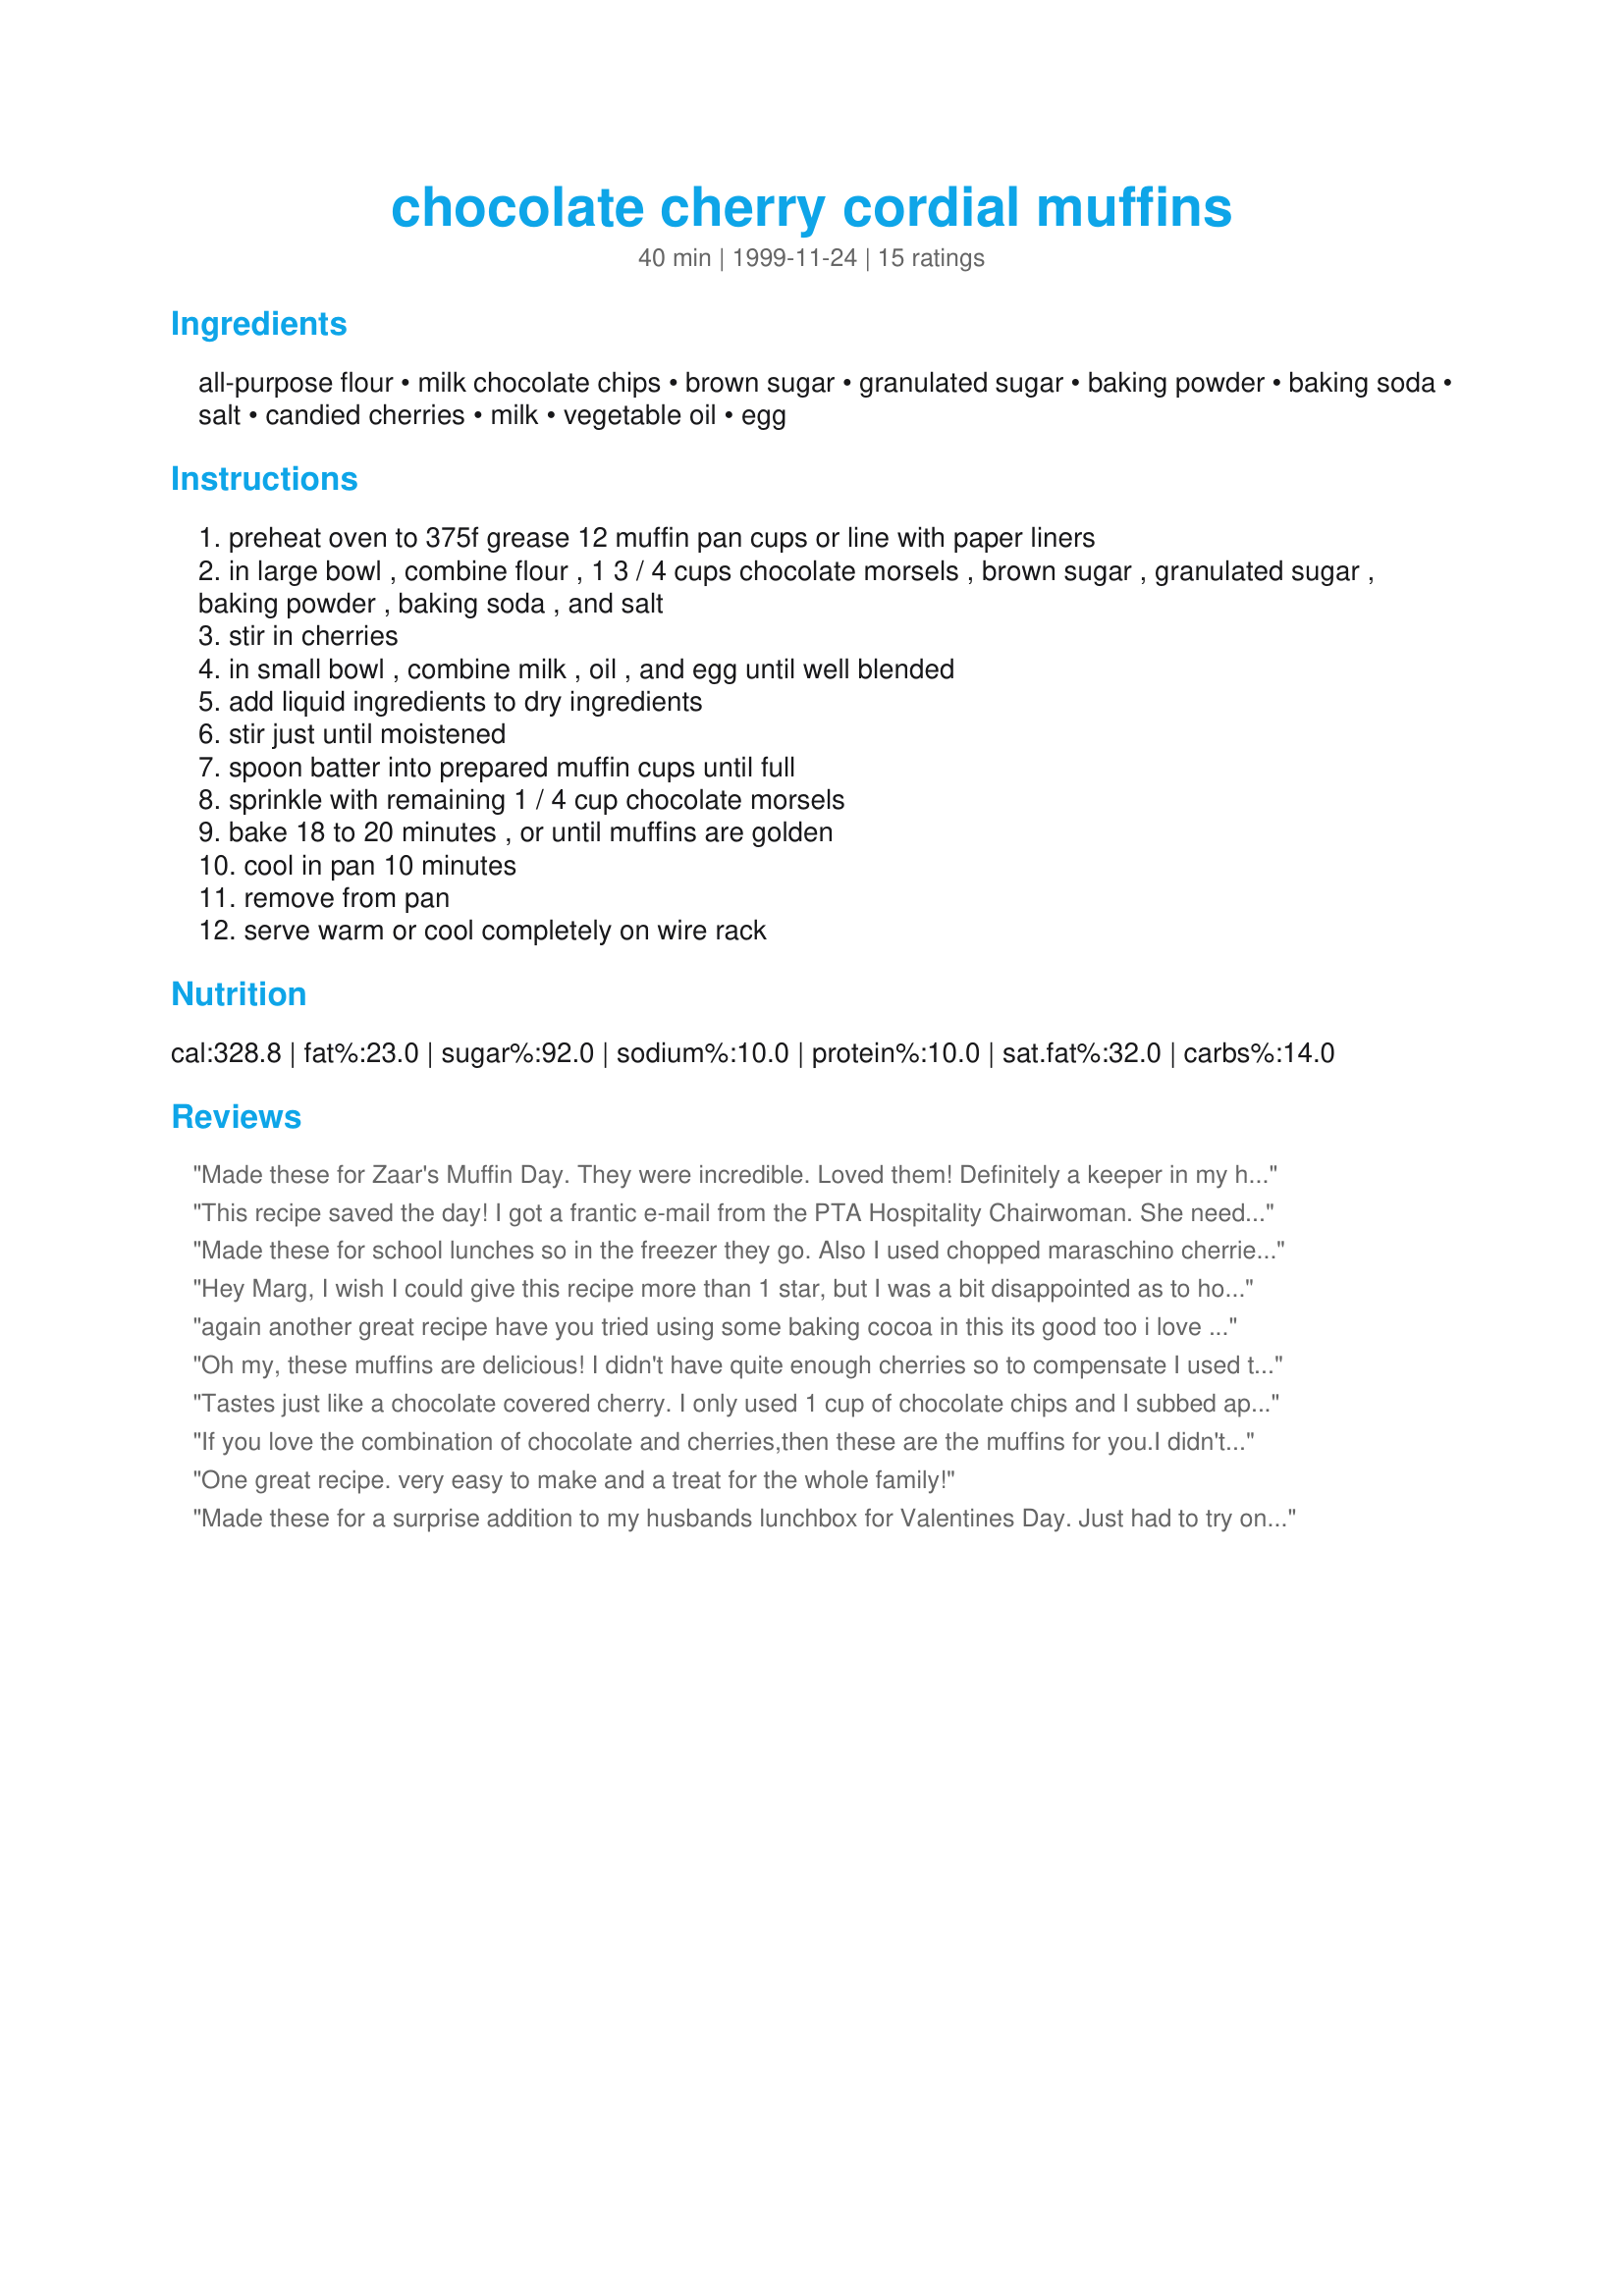
chocolate cherry cordial muffins
Preparation time: 40 minutes

Ingredients:
all-purpose flour, milk chocolate chips, brown sugar, granulated sugar, baking powder, baking soda, salt, candied cherries, milk, vegetable oil, egg

Steps:
preheat oven to 375f grease 12 muffin pan cups or line with paper liners
in large bowl , combine flour , 1 3 / 4 cups chocolate morsels , brown sugar , granulated sugar , baking powder , baking soda , and salt
stir in cherries
in small bowl , combine milk , oil , and egg until well blended
add liquid ingredients to dry ingredients
stir just until moistened
spoon batter into prepared muffin cups until full
sprinkle with remaining 1 / 4 cup chocolate morsels
bake 18 to 20 minutes , or until muffins are golden
cool in pan 10 minutes
remove from pan
serve warm or cool completely on wire rack

Reviews:
Made these for Zaar's Muffin Day. They were incredible. Loved them! Definitely a keeper in my house! Thank You
This recipe saved the day! I got a frantic e-mail from the PTA Hospitality Chairwoman. She needed 2 dozen muffins for tommorow morning. I surveyed my cupboards and thought cherry muffins. I substituted mini semi-sweet choc chips. I didn't even bother to measure, just dumped what I had in. I used dried cherry-flavored craisins. I, obviously, also doubled this recipe. It turned out wonderful. It actually made 28 muffins, so I got to test one. Thanks Kitten for saving the Principals Christmas Breakfast. Sue
Made these for school lunches so in the freezer they go. Also I used chopped maraschino cherries a that is the kids favourite. Made into 34 mini muffins, two bite size.

Nice simple fast recipe, I will make these again, has all pantry items that I always have on hand.
Hey Marg, I wish I could give this recipe more than 1 star, but I was a bit disappointed as to how these muffins turned out. I thought the recipe had waaay too many chocolate chips in it to begin with, so I didn't top each muffin with the remaining chips, and I thought the 1/2 cup of chopped cherries wasn't enough, so I added all the cherries from one 10 oz. jar. When it came to mixing the wet ingredients into the dry ingredients, I thought the batter was too dry, so I added an extra 1/4 cup of milk, but still the end results were...the muffins were still a bit too dry, and would crumble very easily. Marg, I'm sorry I couldn't give this recipe more stars, but I am glad to see that others here enjoyed the muffins.
 again another great recipe have you tried using some baking cocoa in this its good too i love coming to your site when i can find a computer lol your recipes are great thanks for the review dee
Oh my, these muffins are delicious! I didn't have quite enough cherries so to compensate I used the cherry juice from the bottle, mixed with milk to make 3/4 cup. I also cut down a bit on the chocolate chips and they were plenty chocolatey. The cherry juice gave the muffins a pretty pink color... I think making this variation makes them perfect for Christmas baskets or baby showers! Thanks so much for sharing
Tastes just like a chocolate covered cherry. I only used 1 cup of chocolate chips and I subbed applesauce instead of oil. I'd have liked a few more cherries but these were great.
If you love the combination of chocolate and cherries,then these are the muffins for you.I didn't even sprinkle the tops with the extra 1/4 cup of chocolate chips and they were still full of chocolate.My family enjoyed the Valetines Day morning.Very delicious.
One great recipe. very easy to make and a treat for the whole family!
Made these for a surprise addition to my husbands lunchbox for Valentines Day. Just had to try one first though!
Really chocolatey and the added cherries make them delish. Thanks for posting.
What a fantastic recipe! Definitely my new favorite muffins! For a chocoholic like me, these are absolutely perfect. The only problem I have is trying to stop eating them. I used frozen cherries and put twice as many in as the recipe called for - turned out wonderful!
I'm really impress. I made half od the recipe and used maraschino cherries, Splenda, Splenda brown sugar blend and skim milk. I don't know if that change something, but they rise really hight and taste like the one in the bakery. I also cut the chocolate by half, and it's still full of chocolate.
Delicious muffins Kit! Used a mix of candied cherries I had and used low-fat milk. I also used about 1 cup of mini chocolate chips! Moist and great tasting! Thanks Kit! :)
Wow. These were incredibly rich -- amazingly rich. I don't often use milk chocolate chips, and hadn't realized how rich they'd be! I made these as mini-muffins, and I'm glad I did -- I think a whole muffin would have been too much for me. But I'm thrilled with how they turned out, and loved the combination of cherries and chocolate. I made these for my Mom for Valentine's Day, and they'll make a perfect gift. They make wonderful mini-muffins, by the way -- they look like perfect little muffins. Thanks so much for posting this!
These were incredible! I was very happy with these muffins and I will make them again and again!!! I used a 6 large muffin pan instead of a 12 small muffin pan. I increased the time by 5 minutes. I also used chunks of chocolate since i did not have chips. This was so good Marg!!! Thank you!!!!!
